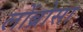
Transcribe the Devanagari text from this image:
लोंब्रोसा